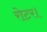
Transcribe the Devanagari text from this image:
रोटर।